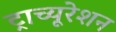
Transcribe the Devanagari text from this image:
ट्राच्यूरेशन